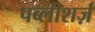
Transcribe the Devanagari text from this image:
पब्लीशर्ज़